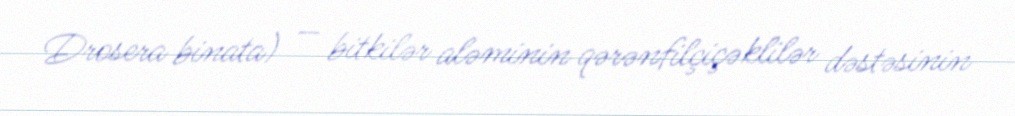
Drosera binata) — bitkilər aləminin qərənfilçiçəklilər dəstəsinin